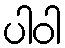
ပါဝါ